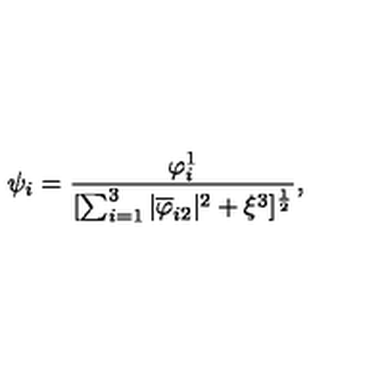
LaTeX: { \psi _ { i } } = { \frac { \varphi _ { i } ^ { 1 } } { [ \sum _ { i = 1 } ^ { 3 } | \overline { { \varphi } } _ { i 2 } | ^ { 2 } + \xi ^ { 3 } ] ^ { \frac { 1 } { 2 } } } } ,